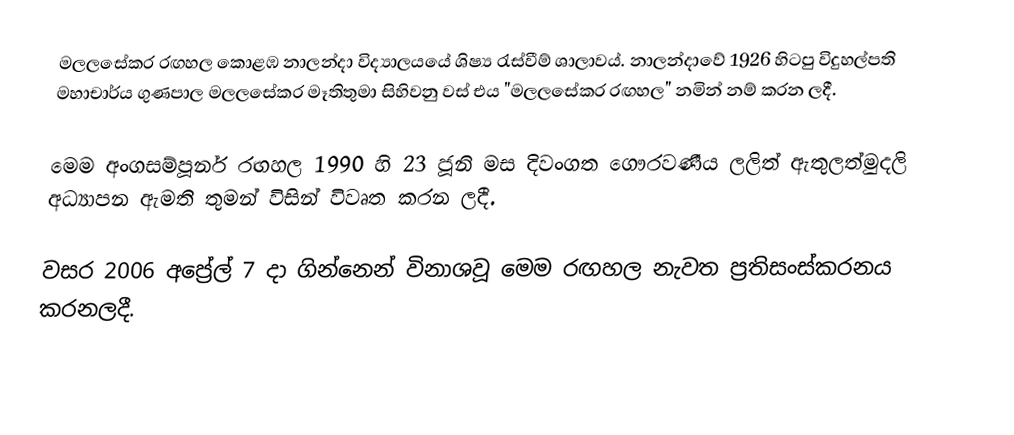
මලලසේකර රඟහල කොළඹ නාලන්දා විද්‍යාලයයේ ශිෂ්‍ය රැස්වීම් ශාලාවය්. නාලන්දාවේ 1926 හිටපු විදුහල්පති මහාචාර්ය ගුණපාල මලලසේකර මෑතිතුමා සිහිවනු වස් එය "මලලසේකර රඟහල" නමින් නම් කරන ලදී.

මෙම අංගසම්පූර්න රඟහල 1990 හි 23 ජූනි මස දිවංගත ගෞරවණීය ලලිත් ඇතුලත්මුදලි අධ්‍යාපන ඇමති තුමන් විසින් විවෘත කරන ලදී.

වසර 2006 අප්‍රේල් 7 දා ගින්නෙන් විනාශවූ මෙම රඟහල නැවත ප්‍රතිසංස්කරනය කරනලදී.